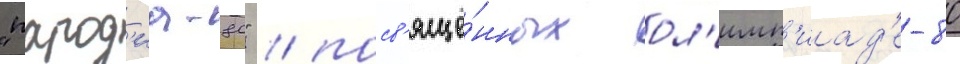
"парод'иа-80" / посв'ящё́нных ол'имп'иад'е-80